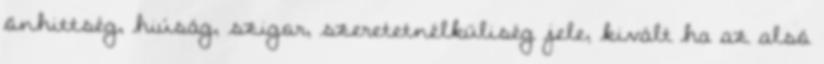
önhittség, hiúság, szigor, szeretetnélküliség jele, kivált ha az alsó